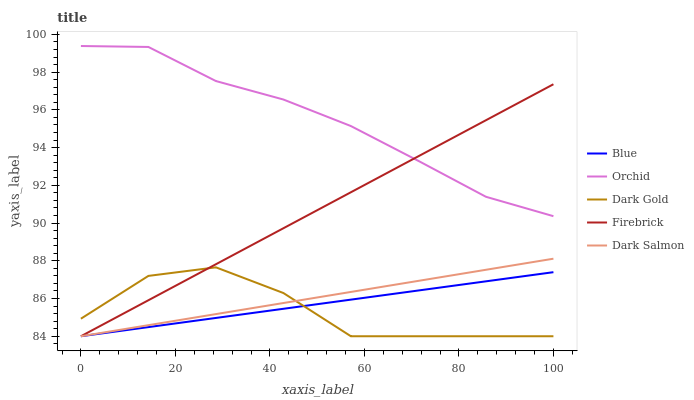
| xaxis_label | Blue | Orchid | Dark Gold | Firebrick | Dark Salmon |
 | --- | --- | --- | --- | --- | --- |
 | 0 | 84 | 99.4 | 84.9 | 84 | 84 |
 | 14.3 | 84.5 | 99.3 | 87.2 | 85.9 | 84.6 |
 | 28.6 | 85 | 97.5 | 87.7 | 87.8 | 85.2 |
 | 42.9 | 85.5 | 96.5 | 86.3 | 89.7 | 85.8 |
 | 57.1 | 85.9 | 95.1 | 84 | 91.6 | 86.3 |
 | 71.4 | 86.4 | 93.3 | 84 | 93.5 | 86.9 |
 | 85.7 | 86.9 | 91.4 | 84 | 95.4 | 87.5 |
 | 100 | 87.4 | 90.4 | 84 | 97.4 | 88.1 |